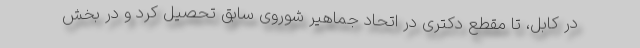
در کابل، تا مقطع دکتری در اتحاد جماهیر شوروی سابق تحصیل کرد و در بخش